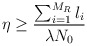
\begin{align*}\eta \geq \frac{\sum_{i=1}^{M_R}l_i}{\lambda N_0}\end{align*}